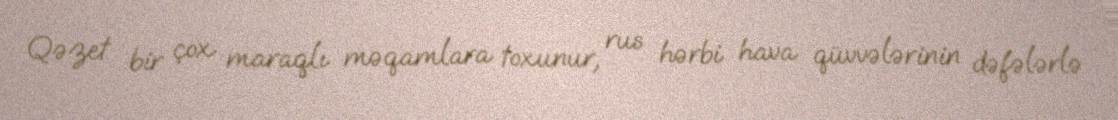
Qəzet bir çox maraqlı məqamlara toxunur, rus hərbi hava qüvvələrinin dəfələrlə